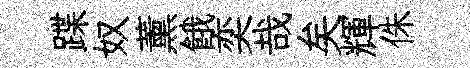
蹀奴薰餓奕哉矣輝侏